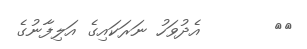
١٣       އެދުވަހު ނަރަކައިގެ އަލިފާނުގެ